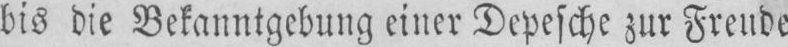
bis die Bekanntgebung einer Depesche zur Freude